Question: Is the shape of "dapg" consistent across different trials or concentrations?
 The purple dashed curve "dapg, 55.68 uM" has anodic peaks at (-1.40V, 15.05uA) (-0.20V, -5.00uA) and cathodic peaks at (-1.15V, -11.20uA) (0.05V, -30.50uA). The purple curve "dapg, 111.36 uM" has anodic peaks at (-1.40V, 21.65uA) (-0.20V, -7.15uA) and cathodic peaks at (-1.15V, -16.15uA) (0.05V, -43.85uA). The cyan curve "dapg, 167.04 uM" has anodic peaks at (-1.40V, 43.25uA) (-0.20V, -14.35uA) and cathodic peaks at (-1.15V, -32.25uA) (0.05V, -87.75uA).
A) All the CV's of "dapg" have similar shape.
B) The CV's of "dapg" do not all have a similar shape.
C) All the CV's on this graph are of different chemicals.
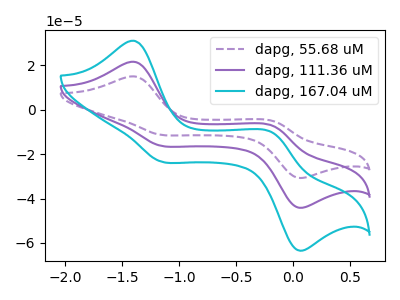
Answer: <think>All the peaks in "dapg, 55.68 uM" have a peak in "dapg, 111.36 uM" at the same potential. All the peaks in "dapg, 55.68 uM" have a peak in "dapg, 167.04 uM" at the same potential. All the peaks in "dapg, 111.36 uM" have a peak in "dapg, 167.04 uM" at the same potential.
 </think>
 <answer>A) All the CV's of "dapg" have similar shape.</answer>
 <eval>A</eval>